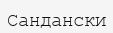
Сандански